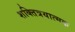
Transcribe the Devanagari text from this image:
शक्तित्रयात्मक